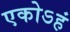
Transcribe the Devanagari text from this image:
एकोऽहं